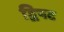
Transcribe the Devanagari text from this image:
द्विपट